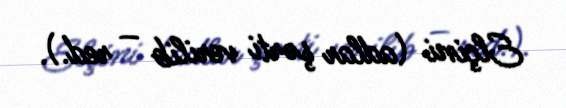
Elçini (adlar şərti verilib – red.).